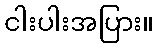
ငါးပါးအပြား။